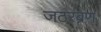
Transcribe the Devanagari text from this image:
जठरब्रण